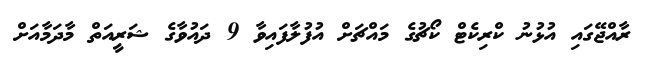
ރާއްޖޭގައި އުޅުނު ކްރިކެޓް ކޯޗުގެ މައްޗަށް އުފުލާފައިވާ 9 ދައުވާގެ ޝަރީއަތް މާދަމާއަށް